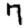
Digit: 7